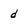
Character: d